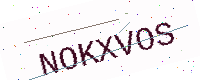
Text: NOKXVOS